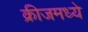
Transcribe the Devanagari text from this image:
क्रीजमध्ये